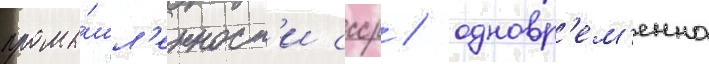
промы́шл'енност'и ссср / одновр'ем'енно